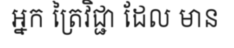
អ្នក ត្រៃវិជ្ជា ដែល មាន